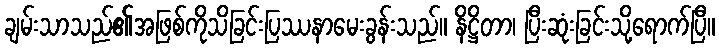
ချမ်းသာသည်၏အဖြစ်ကိုသိခြင်းပြဿနာမေးခွန်းသည်။ နိဋ္ဌိတာ၊ ပြီးဆုံးခြင်းသို့ရောက်ပြီ။